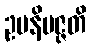
ဥပနိပဇ္ဇတိ